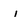
Character: i